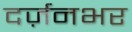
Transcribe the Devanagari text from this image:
दर्ज़नभर